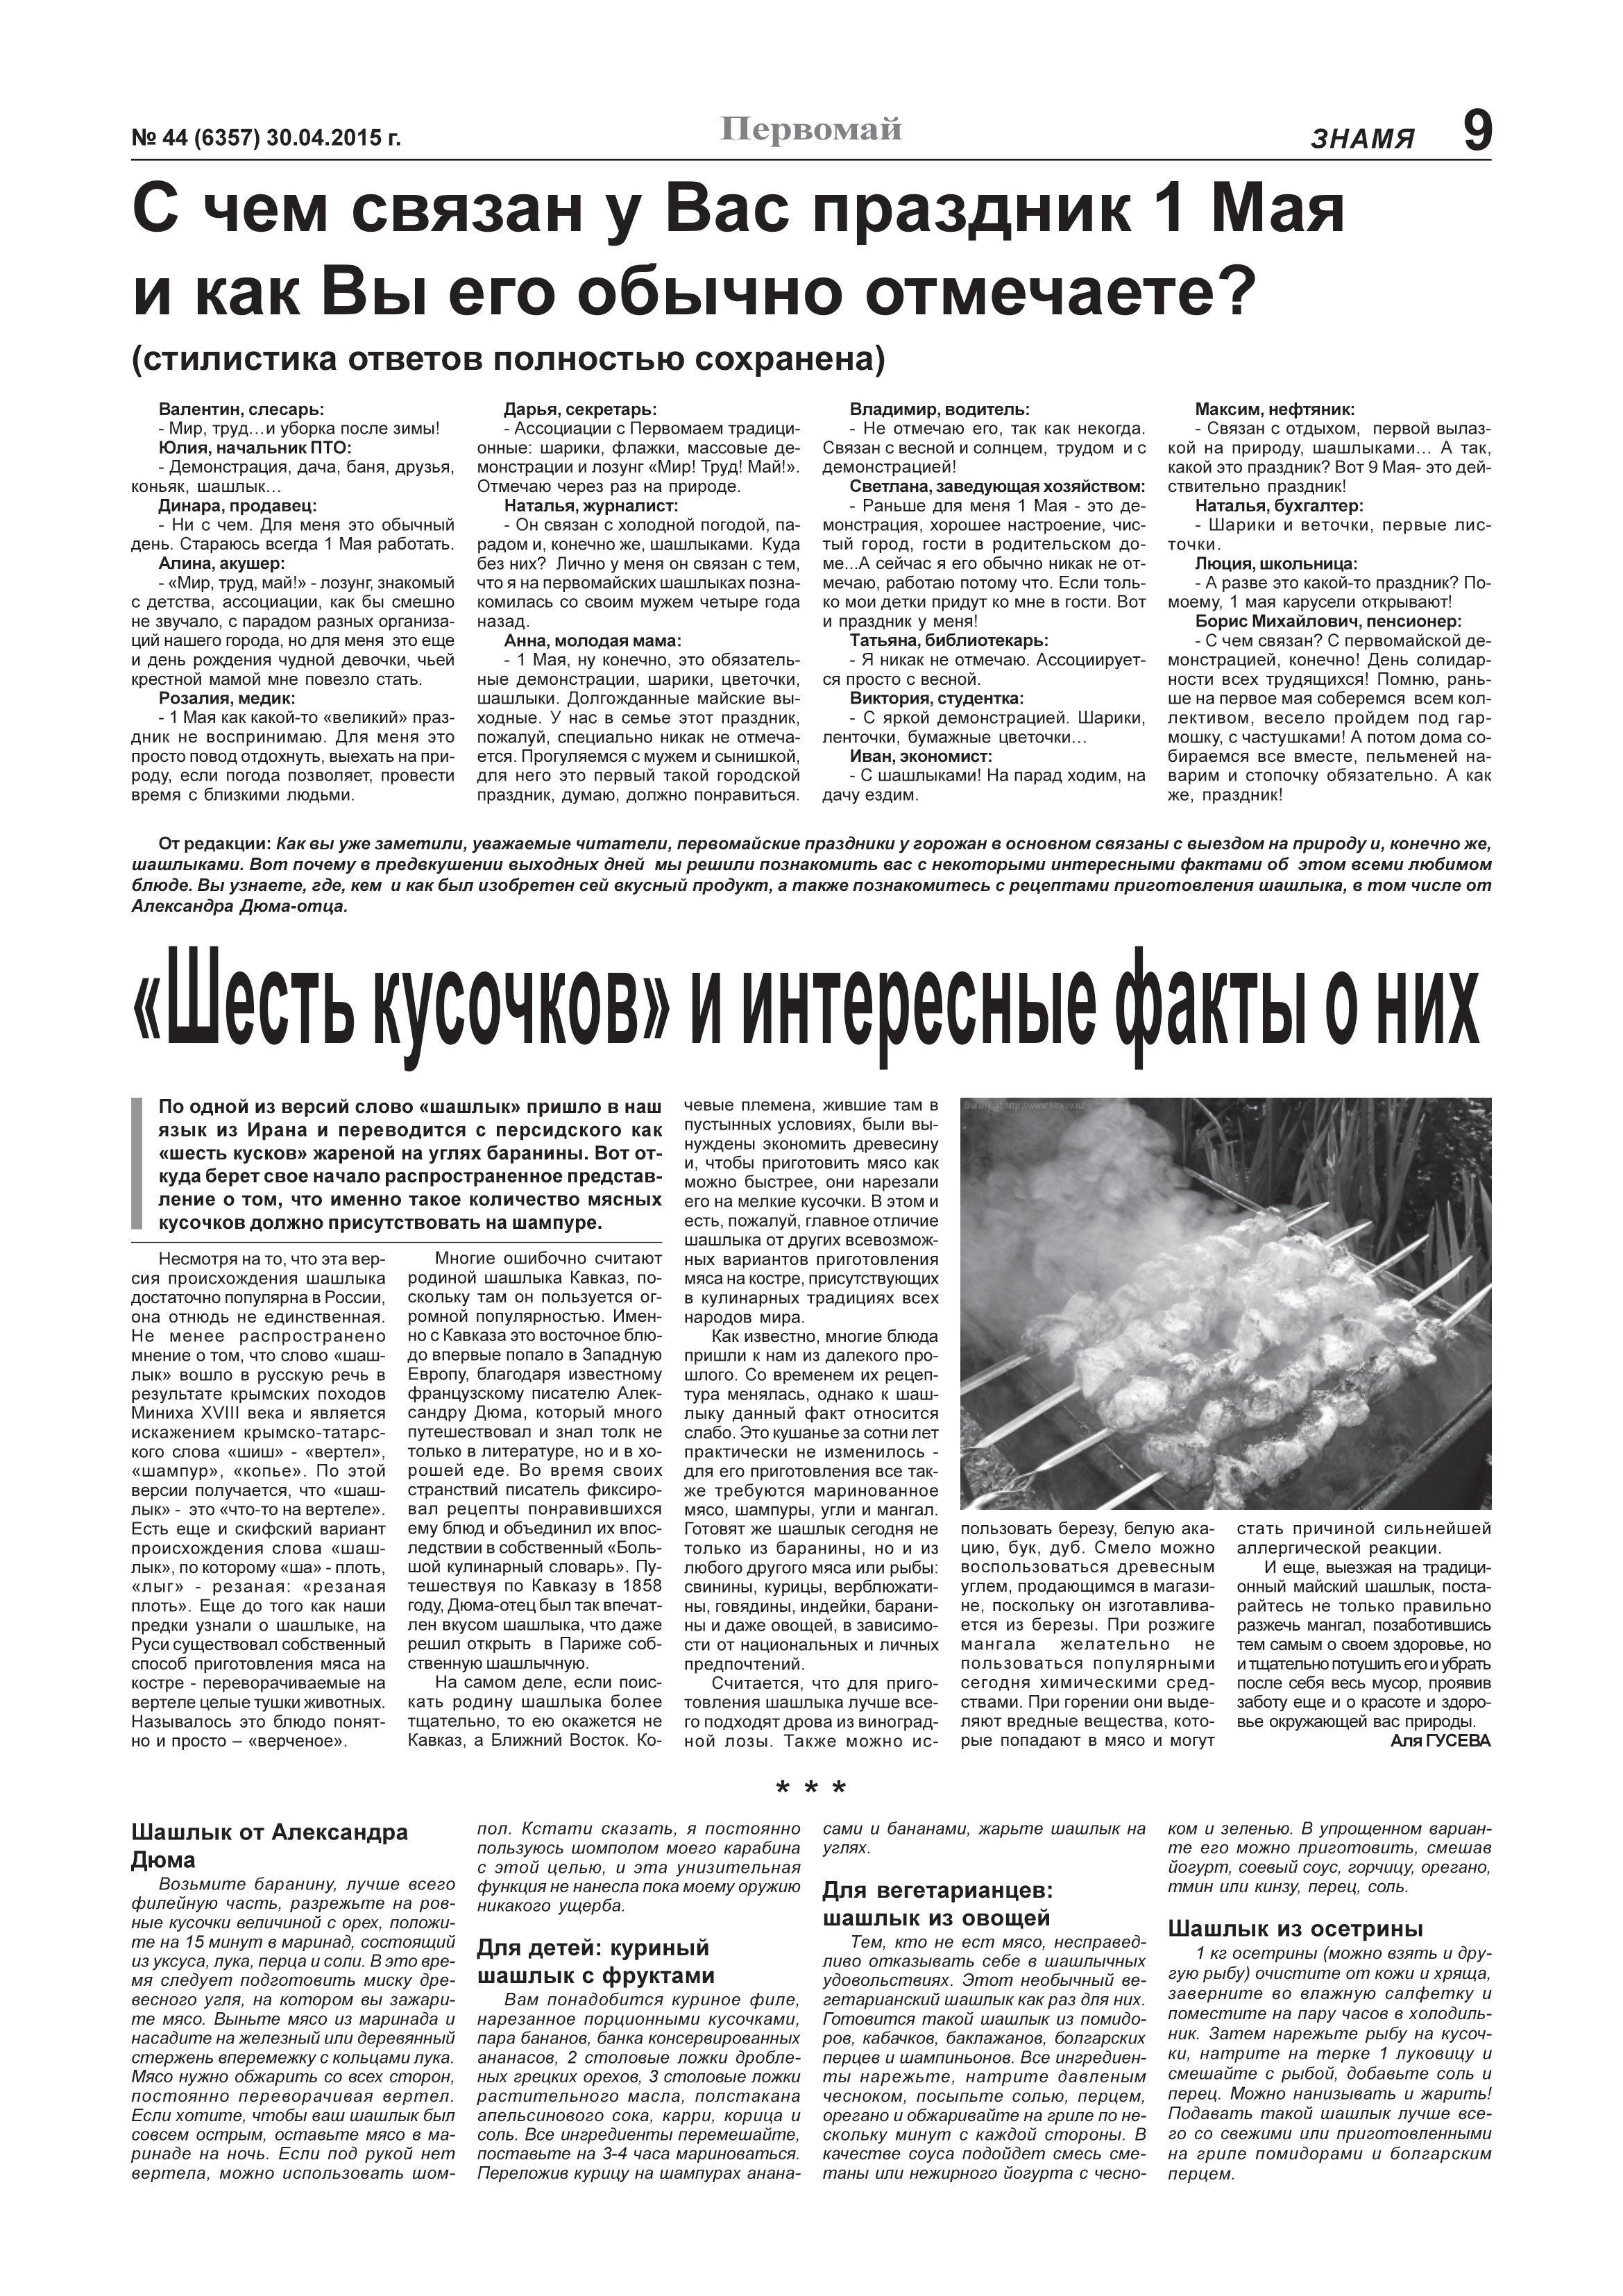
Language: ru